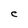
Character: C